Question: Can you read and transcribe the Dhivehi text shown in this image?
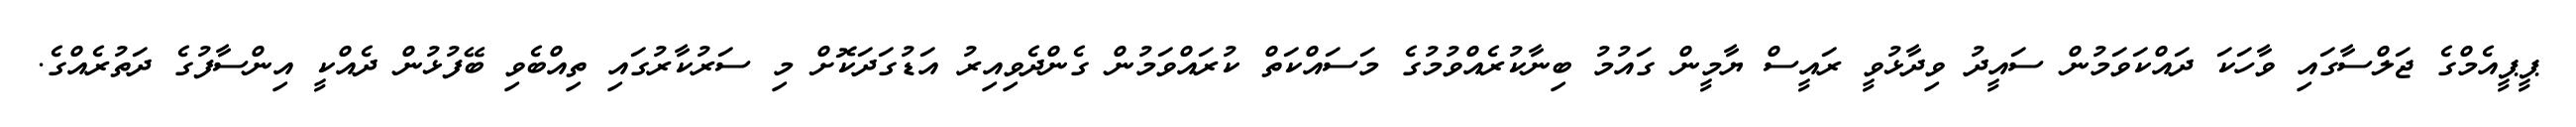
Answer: ޕީޕީއެމްގެ ޖަލްސާގައި ވާހަކަ ދައްކަވަމުން ސައީދު ވިދާޅުވީ ރައީސް ޔާމީން ގައުމު ބިނާކުރެއްވުމުގެ މަސައްކަތް ކުރައްވަމުން ގެންދެވިއިރު އަޑުގަދަކޮށް މި ސަރުކާރުގައި ތިއްބެވި ބޭފުޅުން ދެއްކީ އިންސާފުގެ ދަތުރެއްގެ.